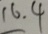
1 6 . 4